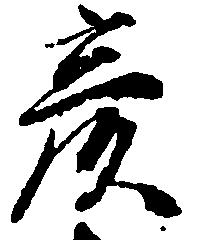
彦